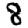
Digit: 8